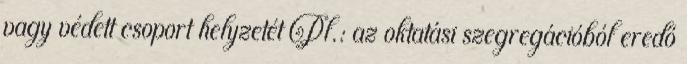
vagy védett csoport helyzetét Pl.: az oktatási szegregációból eredő